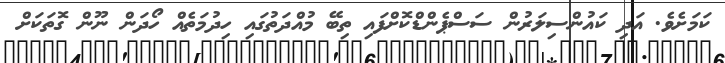
ކަމަށެވެ. އަދި ކައުންސިލަރުން ސަސްޕެންޑްކޮށްފައި ތިބޭ މުއްދަތުގައި ހިދުމަތެއް ހޯދަން ނޫން ގޮތަކަށް